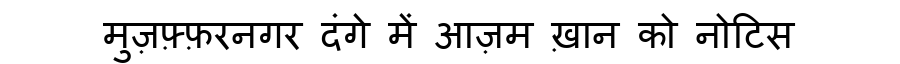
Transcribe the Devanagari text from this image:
मुज़फ़्फ़रनगर दंगे में आज़म ख़ान को नोटिस